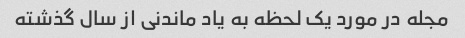
مجله در مورد یک لحظه به یاد ماندنی از سال گذشته